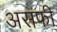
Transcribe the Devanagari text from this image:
असफी